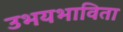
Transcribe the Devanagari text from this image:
उभयभाविता